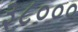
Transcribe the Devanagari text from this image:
३८०००